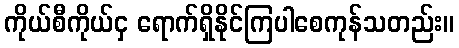
ကိုယ်စီကိုယ်ငှ ရောက်ရှိနိုင်ကြပါစေကုန်သတည်း။